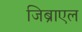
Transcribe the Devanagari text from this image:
जिब्राएल